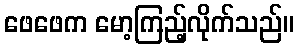
ဖေဖေက မော့ကြည့်လိုက်သည်။